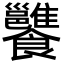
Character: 𩟷